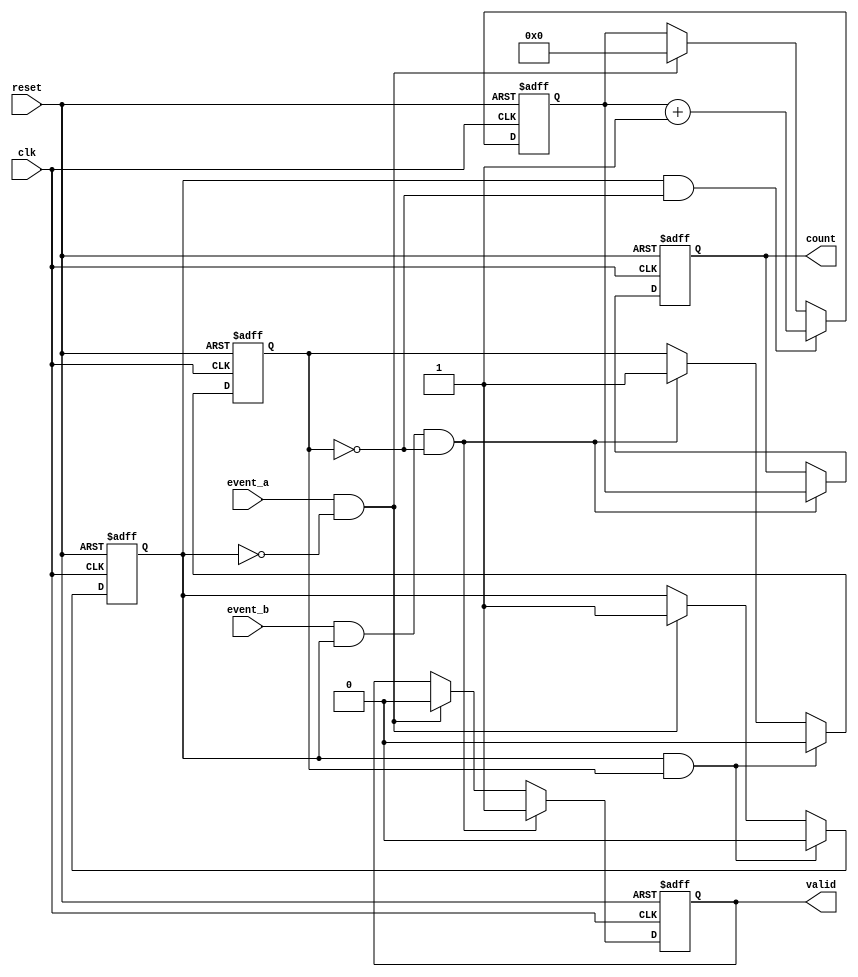
module TDC (
    input wire clk,           // Clock signal
    input wire reset,         // Asynchronous reset signal
    input wire event_a,       // Event A input
    input wire event_b,       // Event B input
    output reg [31:0] count,  // Count value output
    output reg valid          // Output valid signal
);

    reg [31:0] counter;       // Counter for clock cycles
    reg event_a_detected;     // Flag for Event A detection
    reg event_b_detected;     // Flag for Event B detection

    // Event Detection and Counting
    always @(posedge clk or posedge reset) begin
        if (reset) begin
            counter <= 32'b0;
            count <= 32'b0;
            valid <= 1'b0;
            event_a_detected <= 1'b0;
            event_b_detected <= 1'b0;
        end else begin
            // Detect Event A
            if (event_a && !event_a_detected) begin
                event_a_detected <= 1'b1; // Mark Event A as detected
                counter <= 32'b0;          // Reset counter
                valid <= 1'b0;             // Invalidate output
            end
            
            // Count clock cycles after Event A is detected
            if (event_a_detected && !event_b_detected) begin
                counter <= counter + 1;    // Increment counter
            end
            
            // Detect Event B
            if (event_b && event_a_detected && !event_b_detected) begin
                event_b_detected <= 1'b1;   // Mark Event B as detected
                count <= counter;           // Store the count value
                valid <= 1'b1;              // Set output valid
            end
            
            // Reset detection flags after measurement
            if (event_a_detected && event_b_detected) begin
                event_a_detected <= 1'b0;
                event_b_detected <= 1'b0;
            end
        end
    end

endmodule